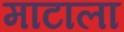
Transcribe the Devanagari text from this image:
माटाला